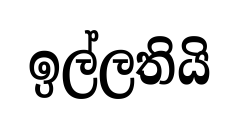
ඉල්ලතියි